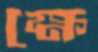
ক্ষে